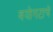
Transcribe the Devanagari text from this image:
वयोगटाचे